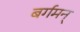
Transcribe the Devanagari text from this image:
बर्गमन्‌